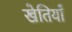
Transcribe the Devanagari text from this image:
खेतियाँ